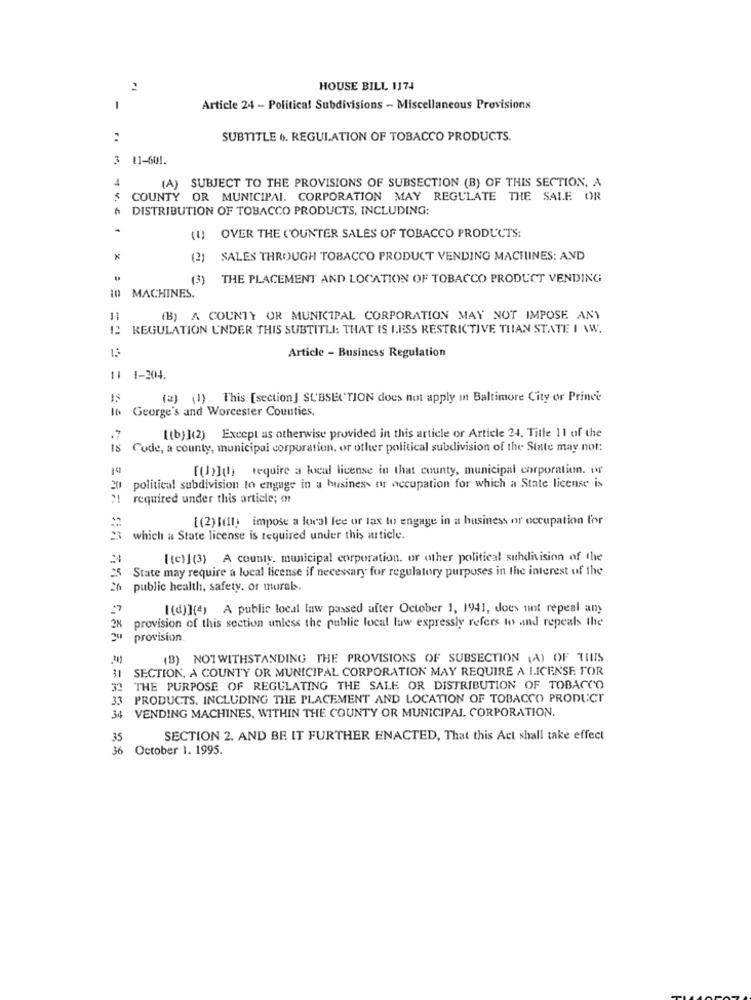
2
HOUSE BILL 1174
1
Article 24 - Politica! Subdivisions - Miscellaneous Provisions
:
SUBTITLE 6. REGULATION OF TOBACCO PRODUCTS.
3 11-601.
4
(A) SUBJECT TO THE PROVISIONS OF SUBSECTION (B) OF THIS SECTION, A
COUNTY OR MUNICIPAL. CORPORATION MAY REGULATE THE SALE OR
DISTRIBUTION OF TOBACCO PRODUCTS, INCLUDING:
(1)
OVER THE COUNTER SALES OF TOBACCO PRODUCTS:
J SALES THROUGH TOBACCO PRODUCT VENDING MACHINES: AND
(3) THE PLACEMENT AND LOCATION OF TOBACCO PRODUCT VENDING;
MACHINES.
11
(B) A COUNTY OR MUNICIPAL CORPORATION MAY NOT IMPOSE ANY
REGULATION UNDER THIS SUBTITLI: THAT IS LESS RESTRICTIVE THAN STATE I \W.
Article - Business Regulation
11 1-204.
(2) (I) This [section] SUBSECTION does not apply in Baltimore City or Prince
Io George's and Worcester Counties.
[(b) ](2) Except as otherwise provided in this article or Article 24. Title 11 of the
Code, a county, municipal corporation, or other political subdivision of the State may not:
[()](!) require a local license in that county, municipal corporation. w
political subdivision to engage in a business tur occupation for which a State license is
required under this article; or
[(2) I(Il) impose a lowval lee or lax to engage in a business or occupation for
which a State license is required under this article.
[(c)] (3) A county. municipal corporation. or other political subdivision of the
State may require a local license if necessary for regulatory purposes in the interest of the
public health, safety, or murals.
I(d)](4) A public local law passed after October 1, 1941, does not repeal any
provision of this section unless the publie local law expressly refers to and repeals the
provision
(B) NOTWITHSTANDING THE PROVISIONS OF SUBSECTION (A) OF THIS
31 SECTION, A COUNTY OR MUNICIPAL CORPORATION MAY REQUIRE A LICENSE FOR
32 THE PURPOSE OF REGULATING THE SALE OR DISTRIBUTION OF TOBACCO
33 PRODUCTS. INCLUDING THE PLACEMENT AND LOCATION OF TOBACCO PRODUCT
34 VENDING MACHINES, WITHIN THE COUNTY OR MUNICIPAL CORPORATION.
35
SECTION 2. AND BE IT FURTHER ENACTED, That this Act shall take effect
36
October 1. 1995.